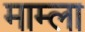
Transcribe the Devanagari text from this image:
माम्ला